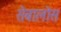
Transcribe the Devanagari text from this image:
सेबालोस